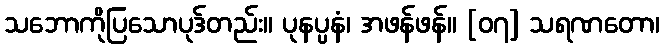
သဘောကိုပြသောပုဒ်တည်း။ ပုနပ္ပနံ၊ အဖန်ဖန်။ [၀၇] သရဏတော၊